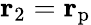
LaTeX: {\mathbf{r}}_{2}={\mathbf{r}}_{\mathrm{p}}